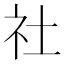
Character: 社